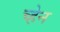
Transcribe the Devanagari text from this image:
च्हेन